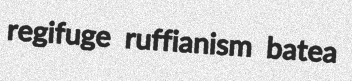
regifuge ruffianism batea